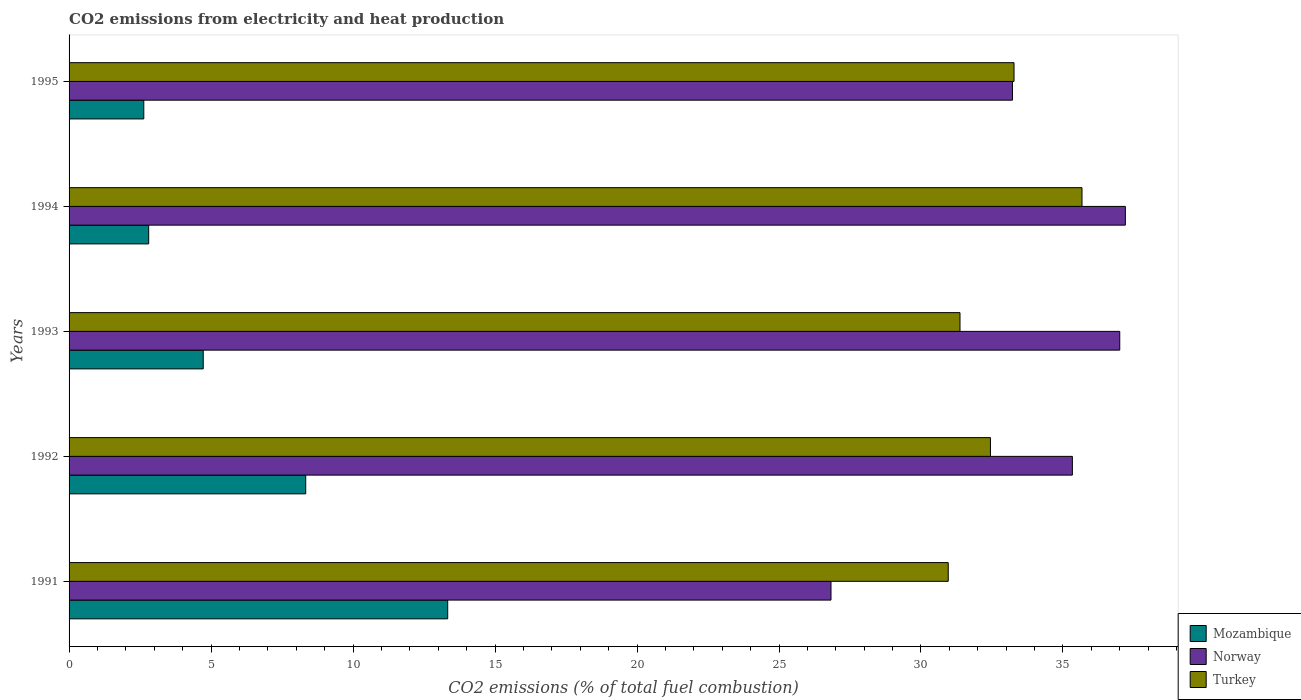
| Years | Mozambique | Norway | Turkey |
 | --- | --- | --- | --- |
 | 1991 | 13.3 | 26.8 | 31 |
 | 1992 | 8.33 | 35.3 | 32.4 |
 | 1993 | 4.72 | 37 | 31.4 |
 | 1994 | 2.8 | 37.2 | 35.7 |
 | 1995 | 2.63 | 33.2 | 33.3 |